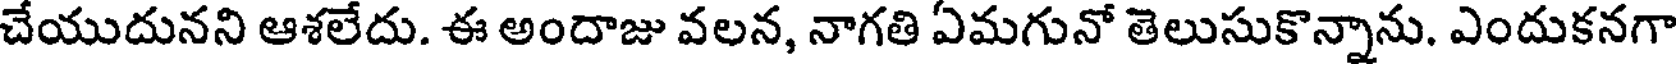
చేయుదునని ఆశలేదు. ఈ అందాజు వలన, నాగతి ఏమగునో తెలుసుకొన్నాను. ఎందుకనగా